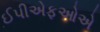
ઈપીએફઓએ